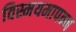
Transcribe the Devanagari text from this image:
विस्मयमापन्न